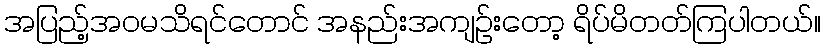
အပြည့်အဝမသိရင်တောင် အနည်းအကျဉ်းတော့ ရိပ်မိတတ်ကြပါတယ်။